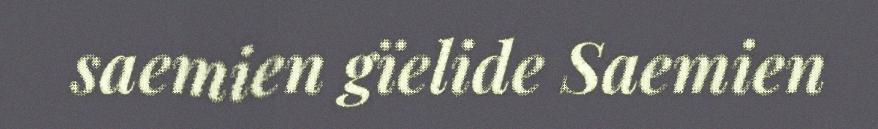
saemien gïelide Saemien